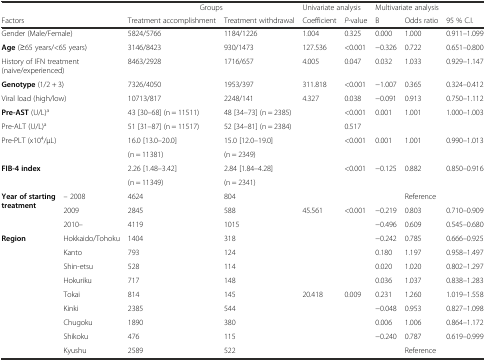
<table><thead><tr><td colspan="2"></td><td colspan="2"><b>Groups</b></td><td colspan="2"><b>Univariate analysis</b></td><td colspan="3"><b>Multivariate analysis</b></td></tr><tr><td colspan="2"><b>Factors</b></td><td><b>Treatment accomplishment</b></td><td><b>Treatment withdrawal</b></td><td><b>Coefficient</b></td><td><b><i>P</i>-value</b></td><td><b>B</b></td><td><b>Odds ratio</b></td><td><b>95 % C.I.</b></td></tr></thead><tbody><tr><td colspan="2">Gender (Male/Female)</td><td>5824/5766</td><td>1184/1226</td><td>1.004</td><td>0.325</td><td>0.000</td><td>1.000</td><td>0.911–1.099</td></tr><tr><td colspan="2"><b>Age</b> (≥65 years/&lt;65 years)</td><td>3146/8423</td><td>930/1473</td><td>127.536</td><td>&lt;0.001</td><td>−0.326</td><td>0.722</td><td>0.651–0.800</td></tr><tr><td colspan="2">History of IFN treatment (naive/experienced)</td><td>8463/2928</td><td>1716/657</td><td>4.005</td><td>0.047</td><td>0.032</td><td>1.033</td><td>0.929–1.147</td></tr><tr><td colspan="2"><b>Genotype</b> (1/2 + 3)</td><td>7326/4050</td><td>1953/397</td><td>311.818</td><td>&lt;0.001</td><td>−1.007</td><td>0.365</td><td>0.324–0.412</td></tr><tr><td colspan="2">Viral load (high/low)</td><td>10713/817</td><td>2248/141</td><td>4.327</td><td>0.038</td><td>−0.091</td><td>0.913</td><td>0.750–1.112</td></tr><tr><td colspan="2"><b>Pre-AST</b> (U/L)<sup>a</sup></td><td>43 [30–68] (n = 11511)</td><td>48 [34–73] (n = 2385)</td><td></td><td>&lt;0.001</td><td>0.001</td><td>1.001</td><td>1.000–1.003</td></tr><tr><td colspan="2">Pre-ALT (U/L)<sup>a</sup></td><td>51 [31–87] (n = 11517)</td><td>52 [34–81] (n = 2384)</td><td></td><td>0.517</td><td></td><td></td><td></td></tr><tr><td rowspan="2" colspan="2">Pre-PLT (x10<sup>4</sup>/μL)</td><td>16.0 [13.0–20.0]</td><td>15.0 [12.0–19.0]</td><td rowspan="2"></td><td rowspan="2">&lt;0.001</td><td rowspan="2">0.001</td><td rowspan="2">1.001</td><td rowspan="2">0.990–1.013</td></tr><tr><td>(n = 11381)</td><td>(n = 2349)</td></tr><tr><td rowspan="2" colspan="2"><b>FIB-4 index</b></td><td>2.26 [1.48–3.42]</td><td>2.84 [1.84–4.28]</td><td rowspan="2"></td><td rowspan="2">&lt;0.001</td><td rowspan="2">−0.125</td><td rowspan="2">0.882</td><td rowspan="2">0.850–0.916</td></tr><tr><td>(n = 11349)</td><td>(n = 2341)</td></tr><tr><td rowspan="3"><b>Year of starting treatment</b></td><td>– 2008</td><td>4624</td><td>804</td><td></td><td></td><td></td><td>Reference</td><td></td></tr><tr><td>2009</td><td>2845</td><td>588</td><td>45.561</td><td>&lt;0.001</td><td>−0.219</td><td>0.803</td><td>0.710–0.909</td></tr><tr><td>2010–</td><td>4119</td><td>1015</td><td></td><td></td><td>−0.496</td><td>0.609</td><td>0.545–0.680</td></tr><tr><td rowspan="9"><b>Region</b></td><td>Hokkaido/Tohoku</td><td>1404</td><td>318</td><td></td><td></td><td>−0.242</td><td>0.785</td><td>0.666–0.925</td></tr><tr><td>Kanto</td><td>793</td><td>124</td><td></td><td></td><td>0.180</td><td>1.197</td><td>0.958–1.497</td></tr><tr><td>Shin-etsu</td><td>528</td><td>114</td><td></td><td></td><td>0.020</td><td>1.020</td><td>0.802–1.297</td></tr><tr><td>Hokuriku</td><td>717</td><td>148</td><td></td><td></td><td>0.036</td><td>1.037</td><td>0.838–1.283</td></tr><tr><td>Tokai</td><td>814</td><td>145</td><td>20.418</td><td>0.009</td><td>0.231</td><td>1.260</td><td>1.019–1.558</td></tr><tr><td>Kinki</td><td>2385</td><td>544</td><td></td><td></td><td>−0.048</td><td>0.953</td><td>0.827–1.098</td></tr><tr><td>Chugoku</td><td>1890</td><td>380</td><td></td><td></td><td>0.006</td><td>1.006</td><td>0.864–1.172</td></tr><tr><td>Shikoku</td><td>476</td><td>115</td><td></td><td></td><td>−0.240</td><td>0.787</td><td>0.619–0.999</td></tr><tr><td>Kyushu</td><td>2589</td><td>522</td><td></td><td></td><td></td><td>Reference</td><td></td></tr></tbody></table>